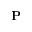
\mathbf { P }